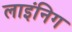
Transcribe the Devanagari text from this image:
लाइंनिग